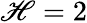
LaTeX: \mathscr{H}=2